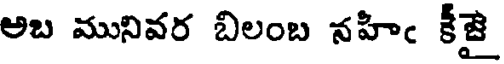
అబ మునివర బిలంబ నహిఁ కీజై